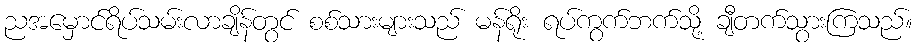
ညအမှောင်ရိပ်သမ်းလာချိန်တွင် စစ်သားများသည် မန်ရိုး ရပ်ကွက်ဘက်သို့ ချီတက်သွားကြသည်။